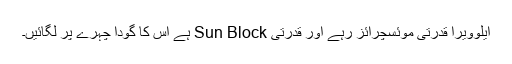
ایلوویرا قدرتی موئسچرائز رہے اور قدرتی Sun Block ہے اس کا گودا چہرے پر لگائیں۔